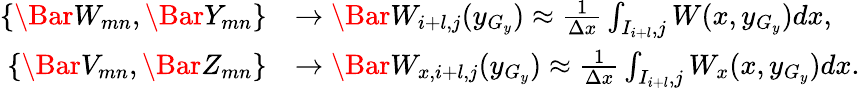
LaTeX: \begin{array}{rl}{\{ \Bar W_{mn},\Bar Y_{mn}\} }&{\rightarrow\Bar W_{i+l,j}(y_{G_{y}})\approx\frac{1}{\Delta x}\int_{I_{i+l},j}W(x,y_{G_{y}})dx,}\\ {\{ \Bar V_{mn},\Bar Z_{mn}\} }&{\rightarrow\Bar W_{x,i+l,j}(y_{G_{y}})\approx\frac{1}{\Delta x}\int_{I_{i+l},j}W_{x}(x,y_{G_{y}})dx.}\end{array}